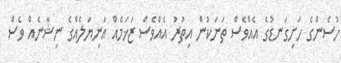
ހުސެންގެ ހަށިގަނޑުގެ އެއްވެސް ތަނަކުން އިތުރު އެއްވެސް ޒަޚަމެއް އަނިޔަލެއްގެ ނިޝާނެއް ވެސް